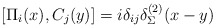
\begin{align*}\left[\Pi_i(x),C_j(y)\right] = i\delta_{ij}\delta_\Sigma^{(2)}(x-y)\end{align*}